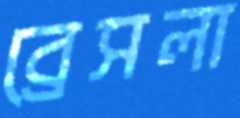
ব্রেসলা